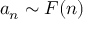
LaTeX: a _ { n } \sim F ( n )